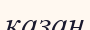
қазаң